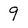
Character: 9